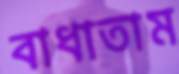
বাধাতাম